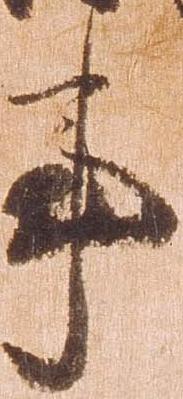
事